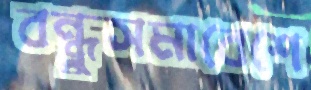
বন্ধুসমাবেশে